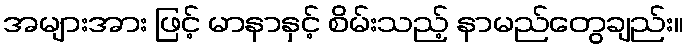
အများအား ဖြင့် မာနာနှင့် စိမ်းသည့် နာမည်တွေချည်း။